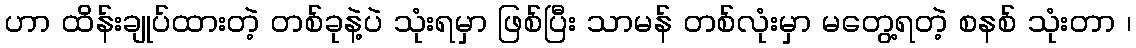
ဟာ ထိန်းချုပ်ထားတဲ့ တစ်ခုနဲ့ပဲ သုံးရမှာ ဖြစ်ပြီး သာမန် တစ်လုံးမှာ မတွေ့ရတဲ့ စနစ် သုံးတာ ၊